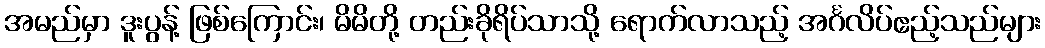
အမည်မှာ ဒူးပွန့် ဖြစ်ကြောင်း၊ မိမိတို့ တည်းခိုရိပ်သာသို့ ရောက်လာသည့် အင်္ဂလိပ်ဧည့်သည်များ